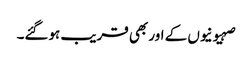
صہیونیوں کے اور بھی قریب ہوگئے۔